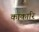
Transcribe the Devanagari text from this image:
काकारि